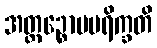
အတ္ထဉ္စောပပရိက္ခတိ